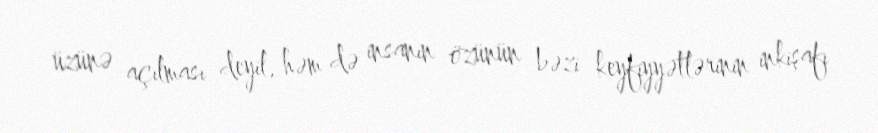
üzünə açılması deyil, həm də insanın özünün bəzi keyfiyyətlərinin inkişafı